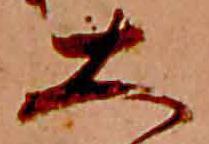
大